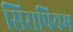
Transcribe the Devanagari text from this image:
सिरापियम